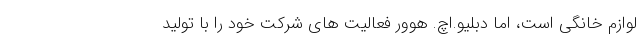
لوازم خانگی است، اما دبلیو.اچ. هوور فعالیت های شرکت خود را با تولید